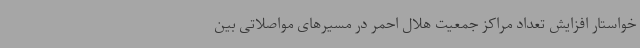
خواستار افزایش تعداد مراکز جمعیت هلال احمر در مسیرهای مواصلاتی بین